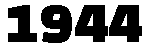
1944